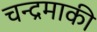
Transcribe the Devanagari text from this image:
चन्द्रमाकी